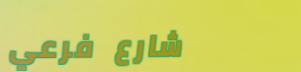
شارع فرعي